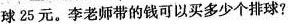
球25元。李老师带的钱可以买多少个排球?